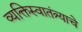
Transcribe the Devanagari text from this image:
व्यक्तिस्वातंत्र्याचे